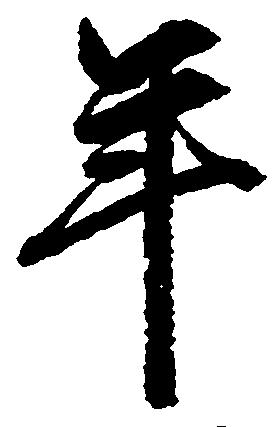
年